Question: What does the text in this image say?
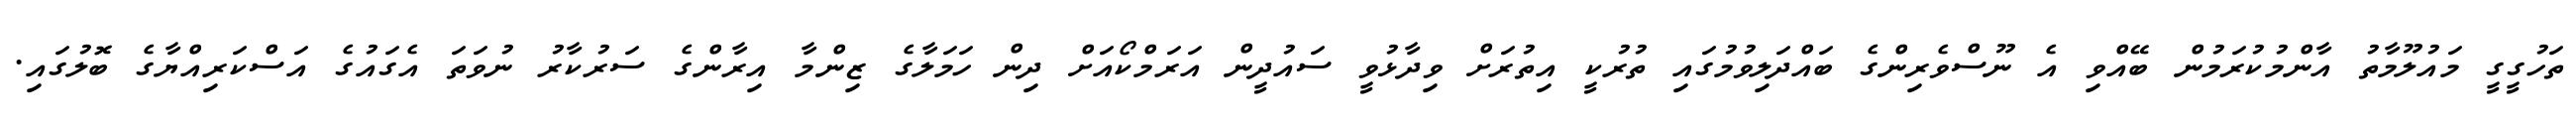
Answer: ތަހުގީގީ މައުލޫމާތު އާންމުކުރަމުން ބޭއްވި އެ ނޫސްވެރިންގެ ބައްދަލިވުމުގައި ތުރުކީ އިތުރަށް ވިދާޅުވީ ސައުދީން އަރަމްކޯއަށް ދިން ހަމަލާގެ ޒިންމާ އިރާންގެ ސަރުކާރު ނުވަތަ އެގައުގެ އަސްކަރިއްޔާގެ ބޮލުގައި.